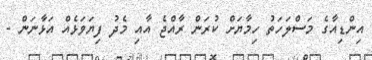
އިންޑިއާގެ މަސްލަހަތު ހިމާޔަށް ކުރަން ރާއްޖެ އާއި މެދު ފިޔަވަޅެއް އަޅާނަން -